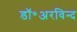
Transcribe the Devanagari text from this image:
डॉ॰अरविन्द